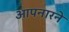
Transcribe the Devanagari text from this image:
आपनारने